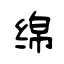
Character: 绵